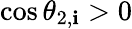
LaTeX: \cos\theta_{2,\mathbf{i}}>0